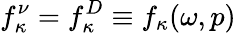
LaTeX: f_{\kappa}^{\nu}=f_{\kappa}^{D}\equiv f_{\kappa}(\omega,p)